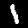
Label: 1